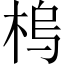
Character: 𱣠